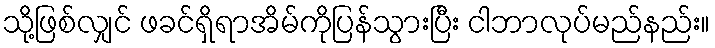
သို့ဖြစ်လျှင် ဖခင်ရှိရာအိမ်ကိုပြန်သွားပြီး ငါဘာလုပ်မည်နည်း။